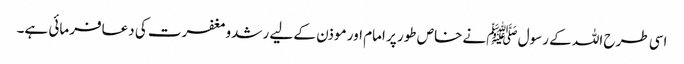
اسی طرح اللہ کے رسول ﷺنے خاص طور پر امام اور موذن کے لیے رشدومغفرت کی دعافرمائی ہے۔